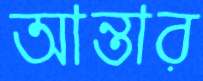
আন্তার